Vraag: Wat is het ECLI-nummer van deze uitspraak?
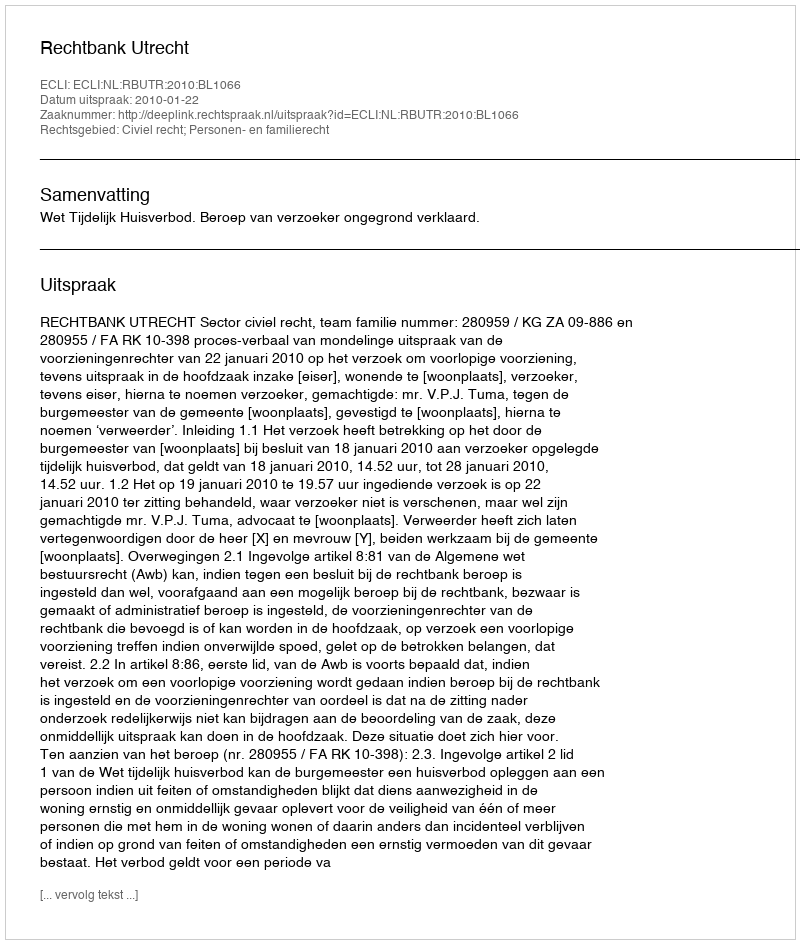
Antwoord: ECLI:NL:RBUTR:2010:BL1066